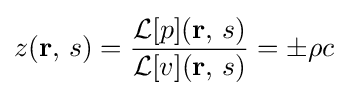
z(\mathbf {r} ,\,s)={\frac {{\mathcal {L}}[p](\mathbf {r} ,\,s)}{{\mathcal {L}}[v](\mathbf {r} ,\,s)}}=\pm \rho c